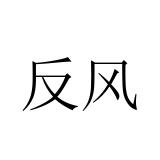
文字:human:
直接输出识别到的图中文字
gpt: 反风